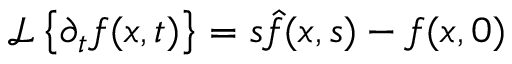
\mathcal { L } \left\{ \partial _ { t } f ( x , t ) \right\} = s \hat { f } ( x , s ) - f ( x , 0 )